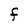
Character: F